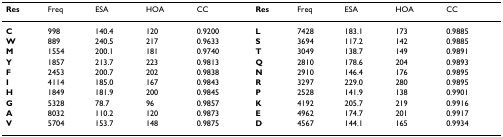
<table><thead><tr><td><b>Res</b></td><td><b>Freq</b></td><td><b>ESA</b></td><td><b>HOA</b></td><td><b>CC</b></td><td><b>Res</b></td><td><b>Freq</b></td><td><b>ESA</b></td><td><b>HOA</b></td><td><b>CC</b></td></tr></thead><tbody><tr><td><b>C</b></td><td>998</td><td>140.4</td><td>120</td><td>0.9200</td><td><b>L</b></td><td>7428</td><td>183.1</td><td>173</td><td>0.9885</td></tr><tr><td><b>W</b></td><td>889</td><td>240.5</td><td>217</td><td>0.9633</td><td><b>S</b></td><td>3694</td><td>117.2</td><td>142</td><td>0.9885</td></tr><tr><td><b>M</b></td><td>1554</td><td>200.1</td><td>181</td><td>0.9740</td><td><b>T</b></td><td>3049</td><td>138.7</td><td>149</td><td>0.9891</td></tr><tr><td><b>Y</b></td><td>1857</td><td>213.7</td><td>223</td><td>0.9813</td><td><b>Q</b></td><td>2810</td><td>178.6</td><td>204</td><td>0.9893</td></tr><tr><td><b>F</b></td><td>2453</td><td>200.7</td><td>202</td><td>0.9838</td><td><b>N</b></td><td>2910</td><td>146.4</td><td>176</td><td>0.9895</td></tr><tr><td><b>I</b></td><td>4114</td><td>185.0</td><td>167</td><td>0.9843</td><td><b>R</b></td><td>3297</td><td>229.0</td><td>280</td><td>0.9895</td></tr><tr><td><b>H</b></td><td>1849</td><td>181.9</td><td>200</td><td>0.9845</td><td><b>P</b></td><td>2528</td><td>141.9</td><td>138</td><td>0.9901</td></tr><tr><td><b>G</b></td><td>5328</td><td>78.7</td><td>96</td><td>0.9857</td><td><b>K</b></td><td>4192</td><td>205.7</td><td>219</td><td>0.9916</td></tr><tr><td><b>A</b></td><td>8032</td><td>110.2</td><td>120</td><td>0.9873</td><td><b>E</b></td><td>4962</td><td>174.7</td><td>201</td><td>0.9917</td></tr><tr><td><b>V</b></td><td>5704</td><td>153.7</td><td>148</td><td>0.9875</td><td><b>D</b></td><td>4567</td><td>144.1</td><td>165</td><td>0.9934</td></tr></tbody></table>